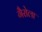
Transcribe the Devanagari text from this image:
गैरोला